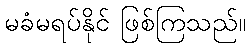
မခံမရပ်နိုင် ဖြစ်ကြသည်။